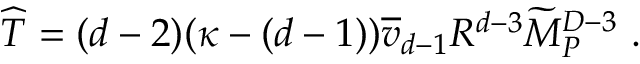
{ \widehat T } = ( d - 2 ) ( \kappa - ( d - 1 ) ) { \overline { { v } } } _ { d - 1 } R ^ { d - 3 } { \widetilde M } _ { P } ^ { D - 3 } ~ .